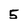
Character: 5